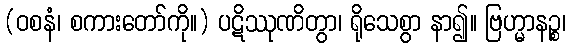
(ဝစနံ၊ စကားတော်ကို။) ပဋိဿုဏိတွာ၊ ရိုသေစွာ နာ၍။ ဗြဟ္မာနဉ္စ၊